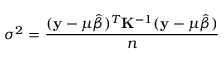
\sigma ^ { 2 } = \frac { ( \mathbf { y } - \boldsymbol { \mu } \hat { \beta } ) ^ { T } \mathbf { K } ^ { - 1 } ( \mathbf { y } - \boldsymbol { \mu } \hat { \beta } ) } { n }